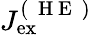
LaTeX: J_{\mathrm{ex}}^{(\mathrm{~\mathrm{~H~E~}~})}